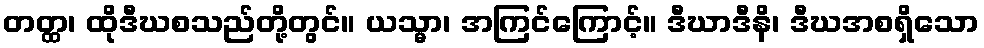
တတ္ထ၊ ထိုဒီဃစသည်တို့တွင်။ ယသ္မာ၊ အကြင်ကြောင့်။ ဒီဃာဒီနိ၊ ဒီဃအစရှိသော